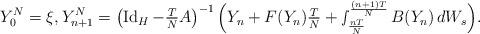
LaTeX: \begin{align*} Y^N_0 = \xi, Y^N_{ n + 1 } = \left( \operatorname{Id}_H - \tfrac{ T }{ N } A \right)^{ - 1 } \Big( Y_n + F( Y_n ) \tfrac{ T }{ N } + \smallint\nolimits_{ \frac{ n T }{ N } }^{ \frac{ ( n + 1 ) T }{ N } } B( Y_n ) \, dW_s \Big) .\end{align*}